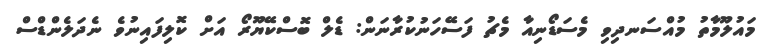
މައުލޫމާތު މުއްސަނދިވި މެސަޑޯނިއާ މެޗު ފަސޭހަނުކުރާނަން: ޑެލް ބޮސްކޭޔޫރޯ އަށް ކޮލިފައިނުވެ ނެދަލެންޑްސް